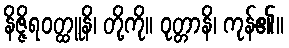
နိဇ္ဇိရဝတ္ထူနိ၊ တို့ကို။ ဝုတ္တာနိ၊ ကုန်၏။